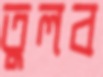
তুলব